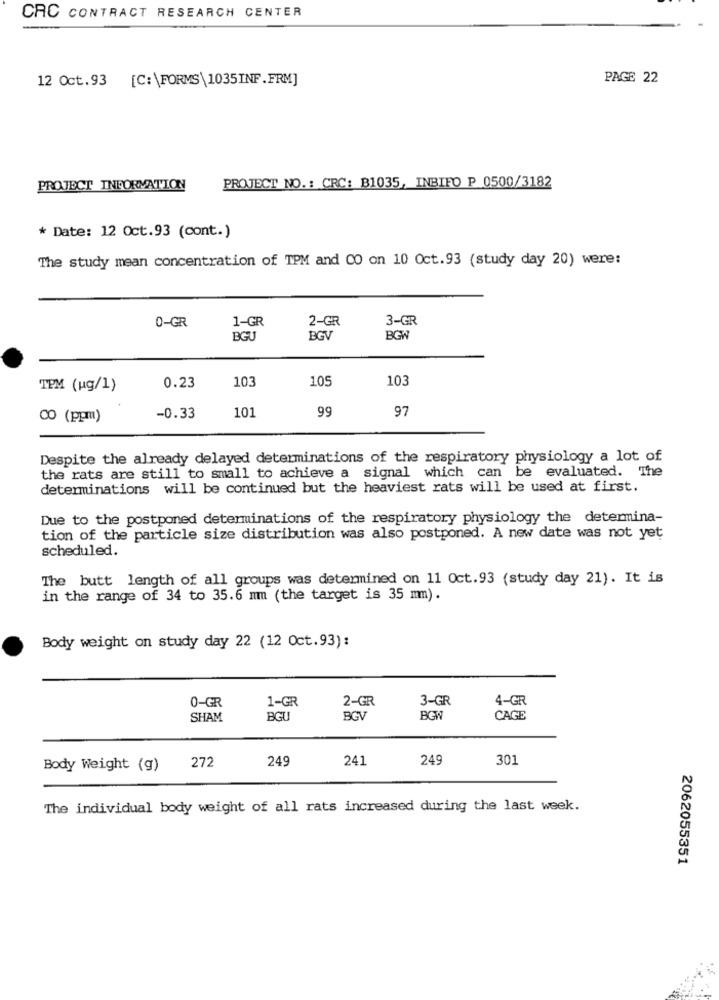
CRC CONTRACT RESEARCH CENTER
12 Oct.93 [C:\FORMS\1035INF.FRM]
PAGE 22
PROJECT INFORMATION
PROJECT NO .: CRC: B1035, INBIFO P 0500/3182
* Date: 12 Oct.93 (cont.)
The study mean concentration of TPM and CO on 10 Oct.93 (study day 20) were:
0-GR
2-GR
3-GR
1-GR
BGU
BGV
BGW
103
103
TPM (ug/1)
0.23
105
101
99
97
00 (ppm)
-0.33
Despite the already delayed determinations of the respiratory physiology a lot of
the rats are still to small to achieve a signal which can be evaluated. The
determinations will be continued but the heaviest rats will be used at first.
Due to the postponed determinations of the respiratory physiology the determina-
tion of the particle size distribution was also postponed. A new date was not yet
scheduled.
The butt length of all groups was determined on 11 Oct.93 (study day 21). It is
in the range of 34 to 35.6 mm (the target is 35 mm).
Body weight on study day 22 (12 Oct.93):
0-GR
2-GR
3-GR
4-GR
1-GR
SHAM
BGU
BGV
BOW
CAGE
249
241
249
301
Body Weight (g)
272
The individual body weight of all rats increased during the last week.
2062055351